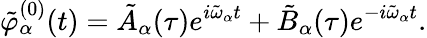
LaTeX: \tilde{\varphi}_{\alpha}^{(0)}(t)=\tilde{A}_{\alpha}(\tau)e^{i\tilde{\omega}_{\alpha}t}+\tilde{B}_{\alpha}(\tau)e^{-i\tilde{\omega}_{\alpha}t}.